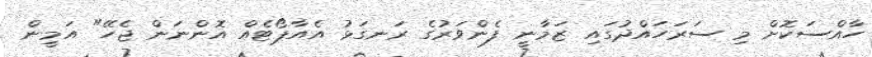
ހާއްސަކޮށް މި ސަރަހައްދުގައި ޒަމާނީ ފެންވަރުގެ ރަނގަޅު އެއާޕޯޓެއް އޮންނަން ޖެހޭ" އަމީން